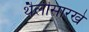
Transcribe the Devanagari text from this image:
थैलीसारखे